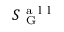
S _ { \mathrm { ~ G ~ } } ^ { \mathrm { ~ a ~ l ~ l ~ } }